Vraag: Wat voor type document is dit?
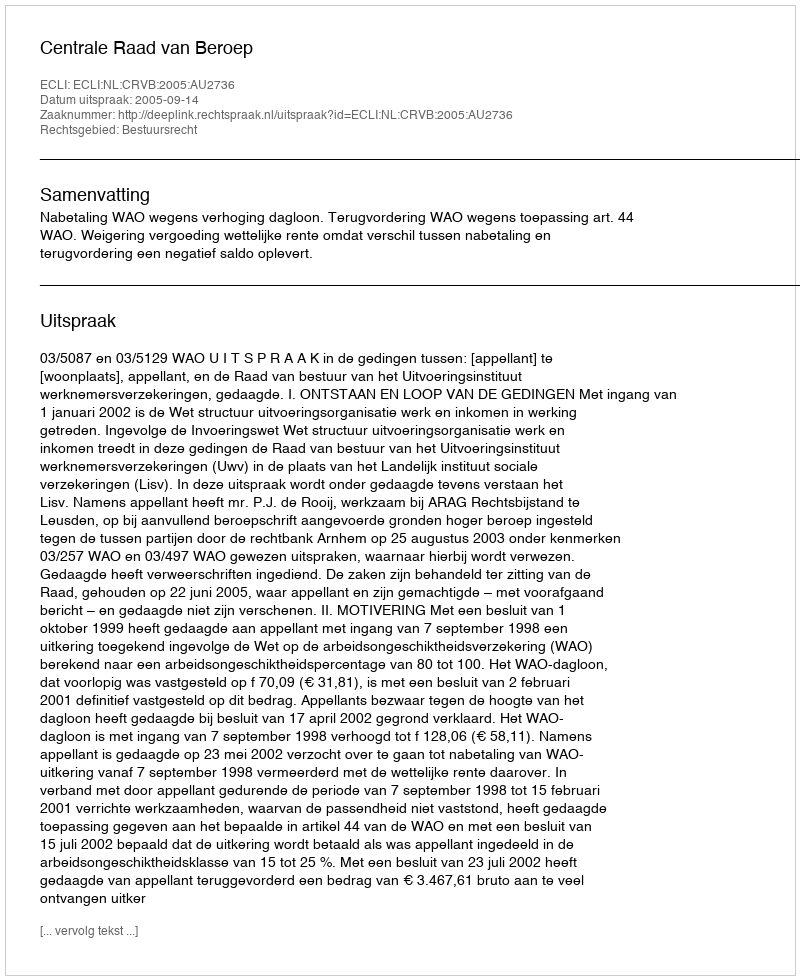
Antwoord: Uitspraak